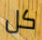
كل